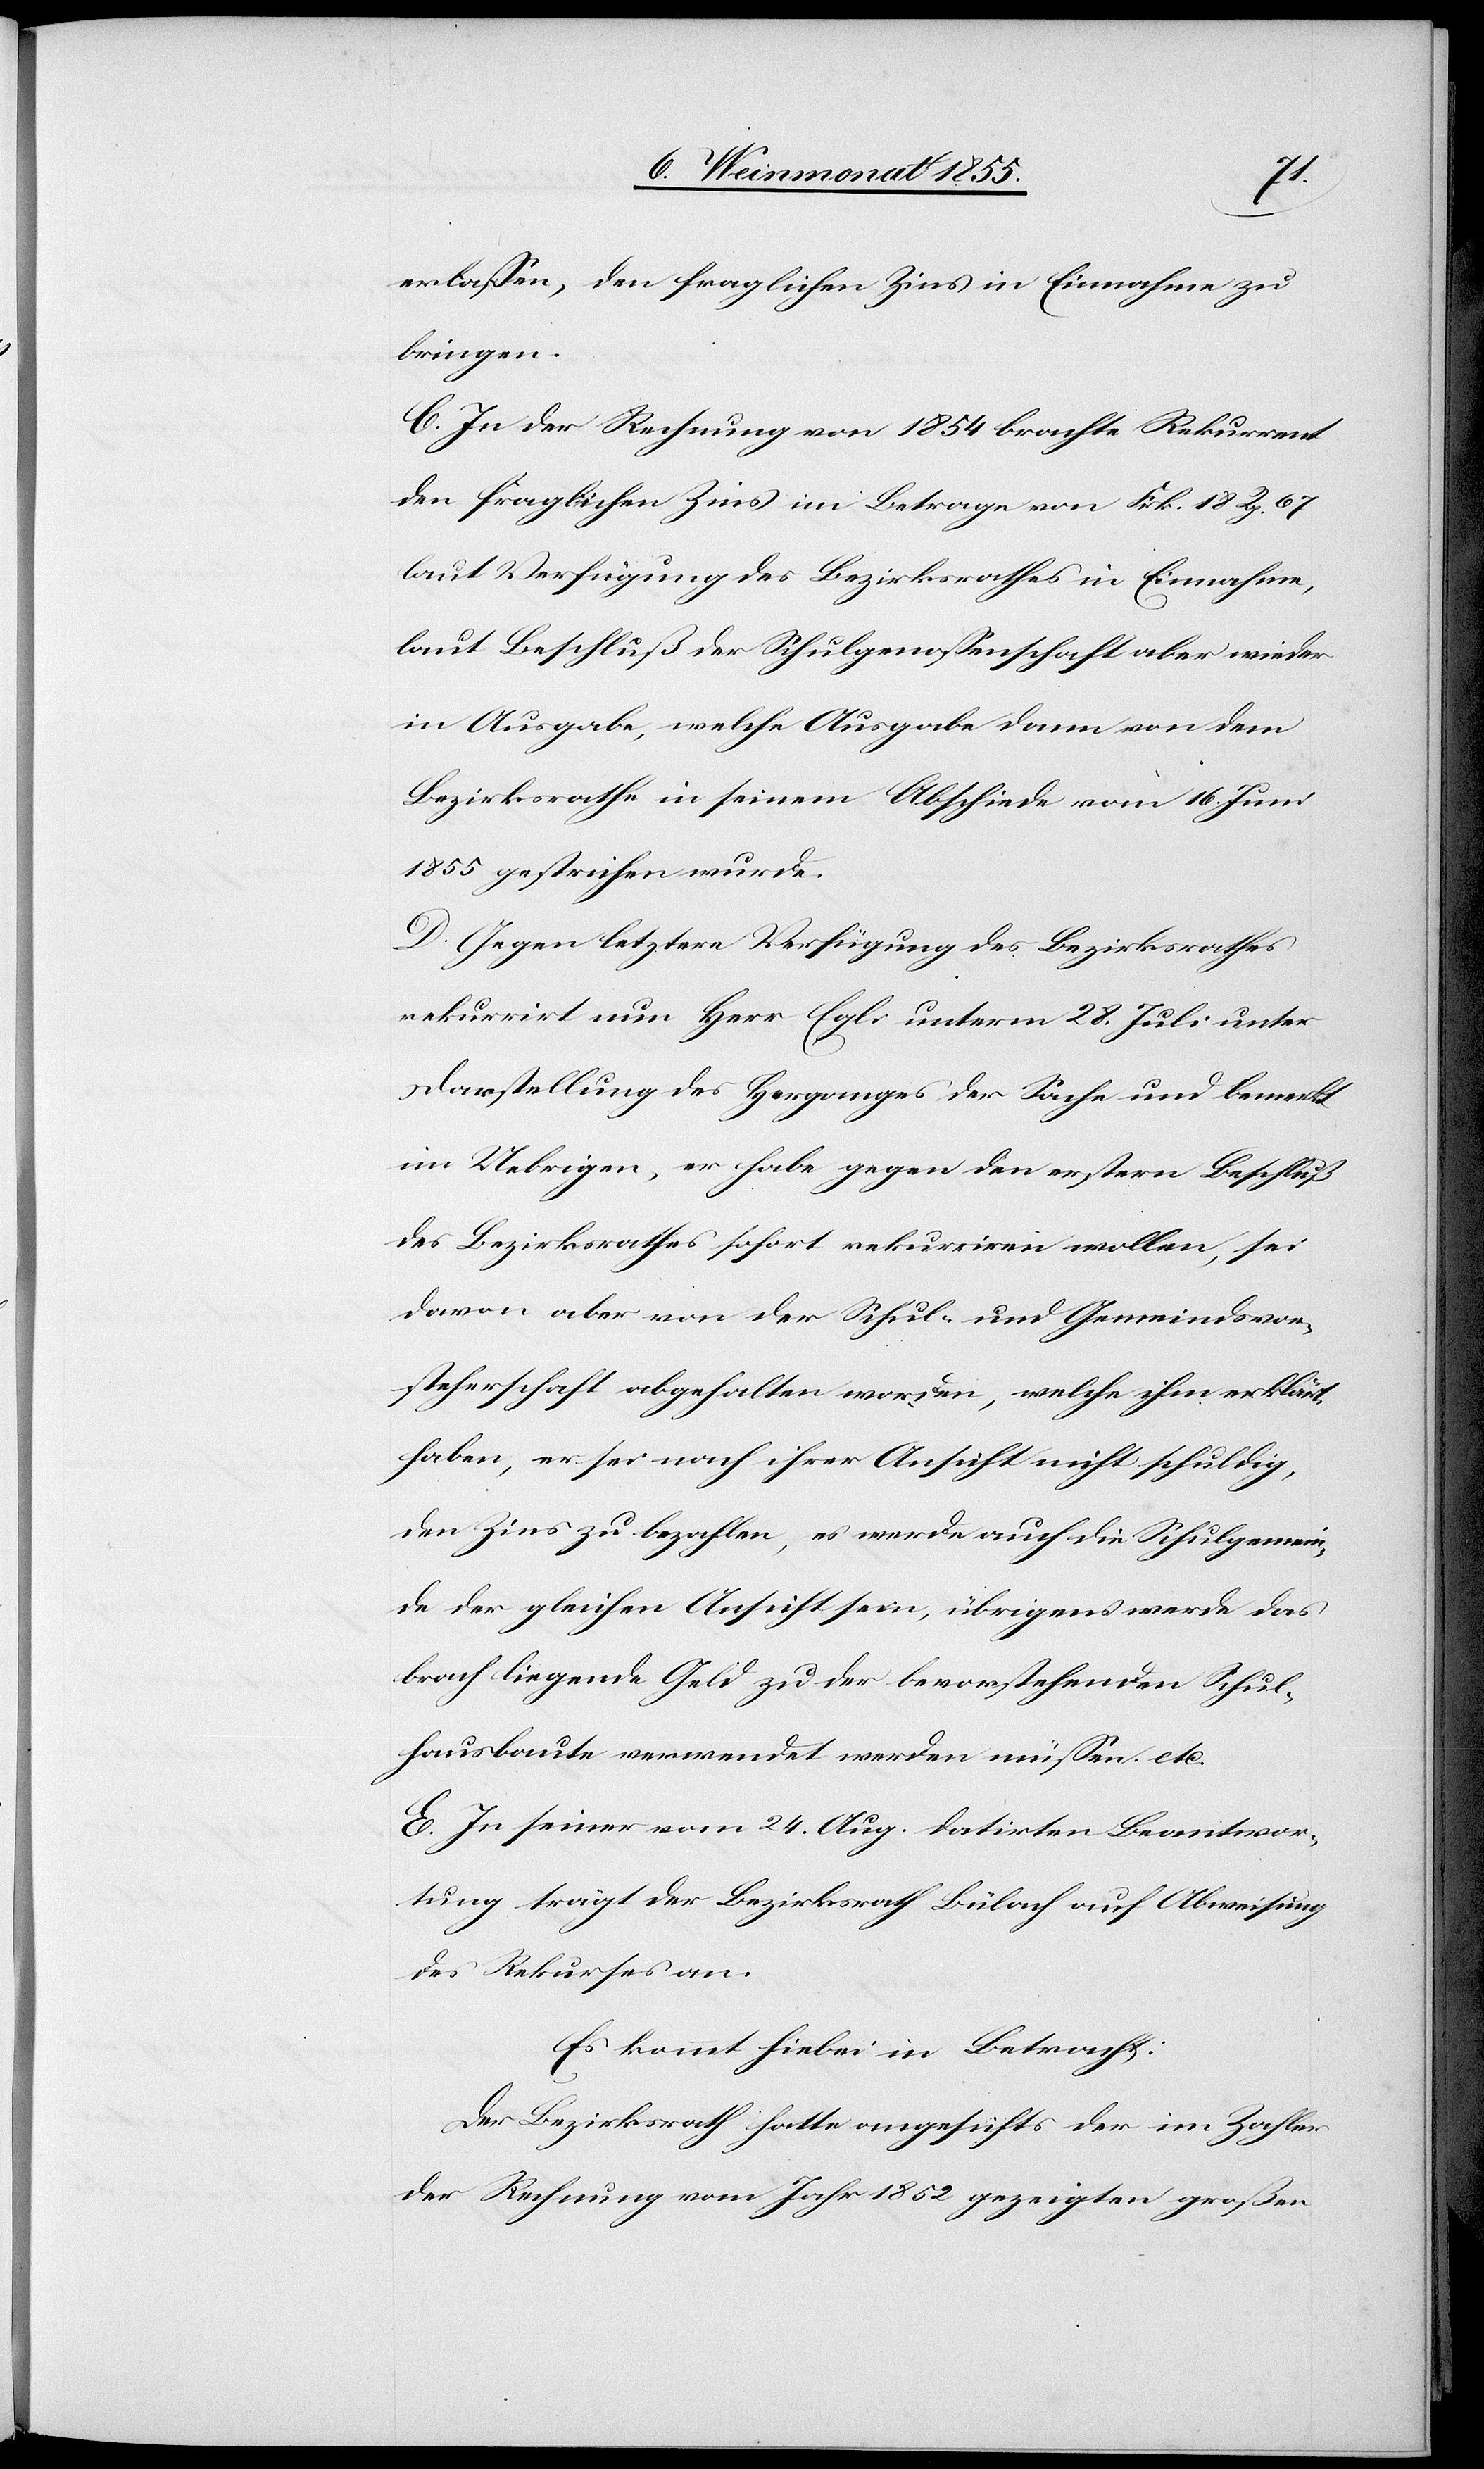
erlassen, den fraglichen Zins in Einnahme zu
bringen.
C. In der Rechnung von 1854 brachte Rekurrent
den fraglichen Zins im Betrage von Frk. 18 Rp. 67
laut Verfügung des Bezirksrathes in Einnahme,
laut Beschluß der Schulgenossenschaft aber wieder
in Ausgabe, welche Ausgabe dann von dem
Bezirksrathe in seinem Abschiede vom 16. Juni
1855 gestrichen wurde.
D. Gegen letztere Verfügung des Bezirksrathes
rekurrirt nun Herr Egli unterm 28. Juli unter
Darstellung des Herganges der Sache und bemerkt
im Uebrigen, er habe gegen den erstern Beschluß
des Bezirksrathes sofort rekurriren wollen, sei
davon aber von der Schul- und Gemeindsvor¬
steherschaft abgehalten worden, welche ihm erklärt
haben, er sei nach ihrer Ansicht nicht schuldig,
den Zins zu bezahlen, es werde auch die Schulgemein¬
de der gleichen Ansicht sein, übrigens werde das
brach liegende Geld zu der bevorstehenden Schul¬
hausbaute verwendet werden müssen. etc.
E. In seiner vom 24. Aug. datirten Beantwor¬
tung trägt der Bezirksrath Bülach auf Abweisung
des Rekurses an.
Es kommt hiebei in Betracht:
Der Bezirksrath hatte angesichts der im Zahler
der Rechnung vom Jahr 1852 gezeigten großen